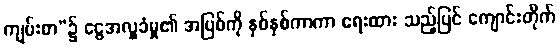
ကျမ်းစာ”၌ ငွေအလှူခံမှု၏ အပြစ်ကို နှစ်နှစ်ကာကာ ရေးထား သည့်ပြင် ကျောင်းတိုက်